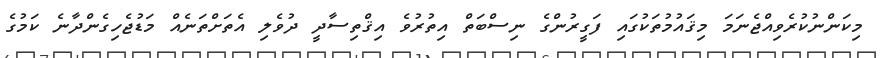
މިކަންނުކުރެވިއްޖެނަމަ މިޤައުމުތަކުގައި ފަގީރުންގެ ނިސްބަތް އިތުރުވެ އިޤްތިސާދީ ދުވެލި އެތަށްތަނެއް މަޑުޖެހިގެންދާނެ ކަމުގެ